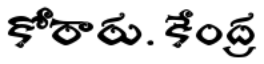
కోరారు. కేంద్ర